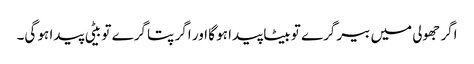
اگر جھولی میں بیر گرے تو بیٹا پیدا ہو گا اور اگر پتا گرے تو بیٹی پیدا ہو گی۔